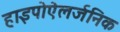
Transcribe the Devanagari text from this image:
हाइपोऐलर्जनिक